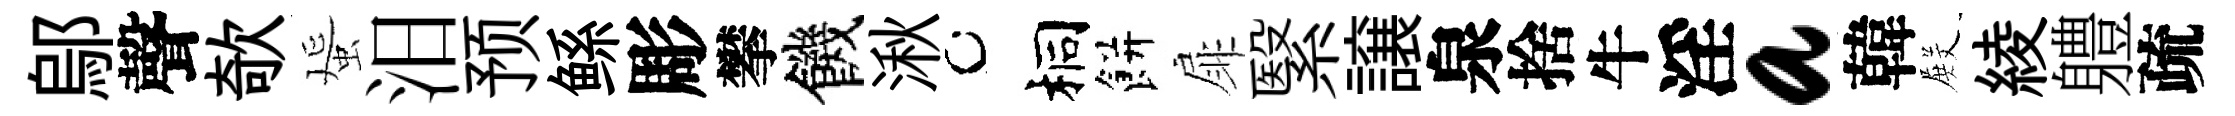
鄔聲欹蜑汨预鲧彫攀饑湫桐餅扉繄譲泉捨牛淫a韓𭮺綾軆疏